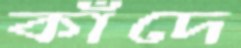
কাঁদে